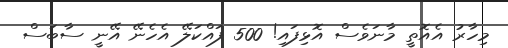
މިހާރު އެއޮތީ މާނަވެސް އޮޅިފައި! 500 ފައްކަލޭ އެހެނޭ އޭނީ ސާބަސް